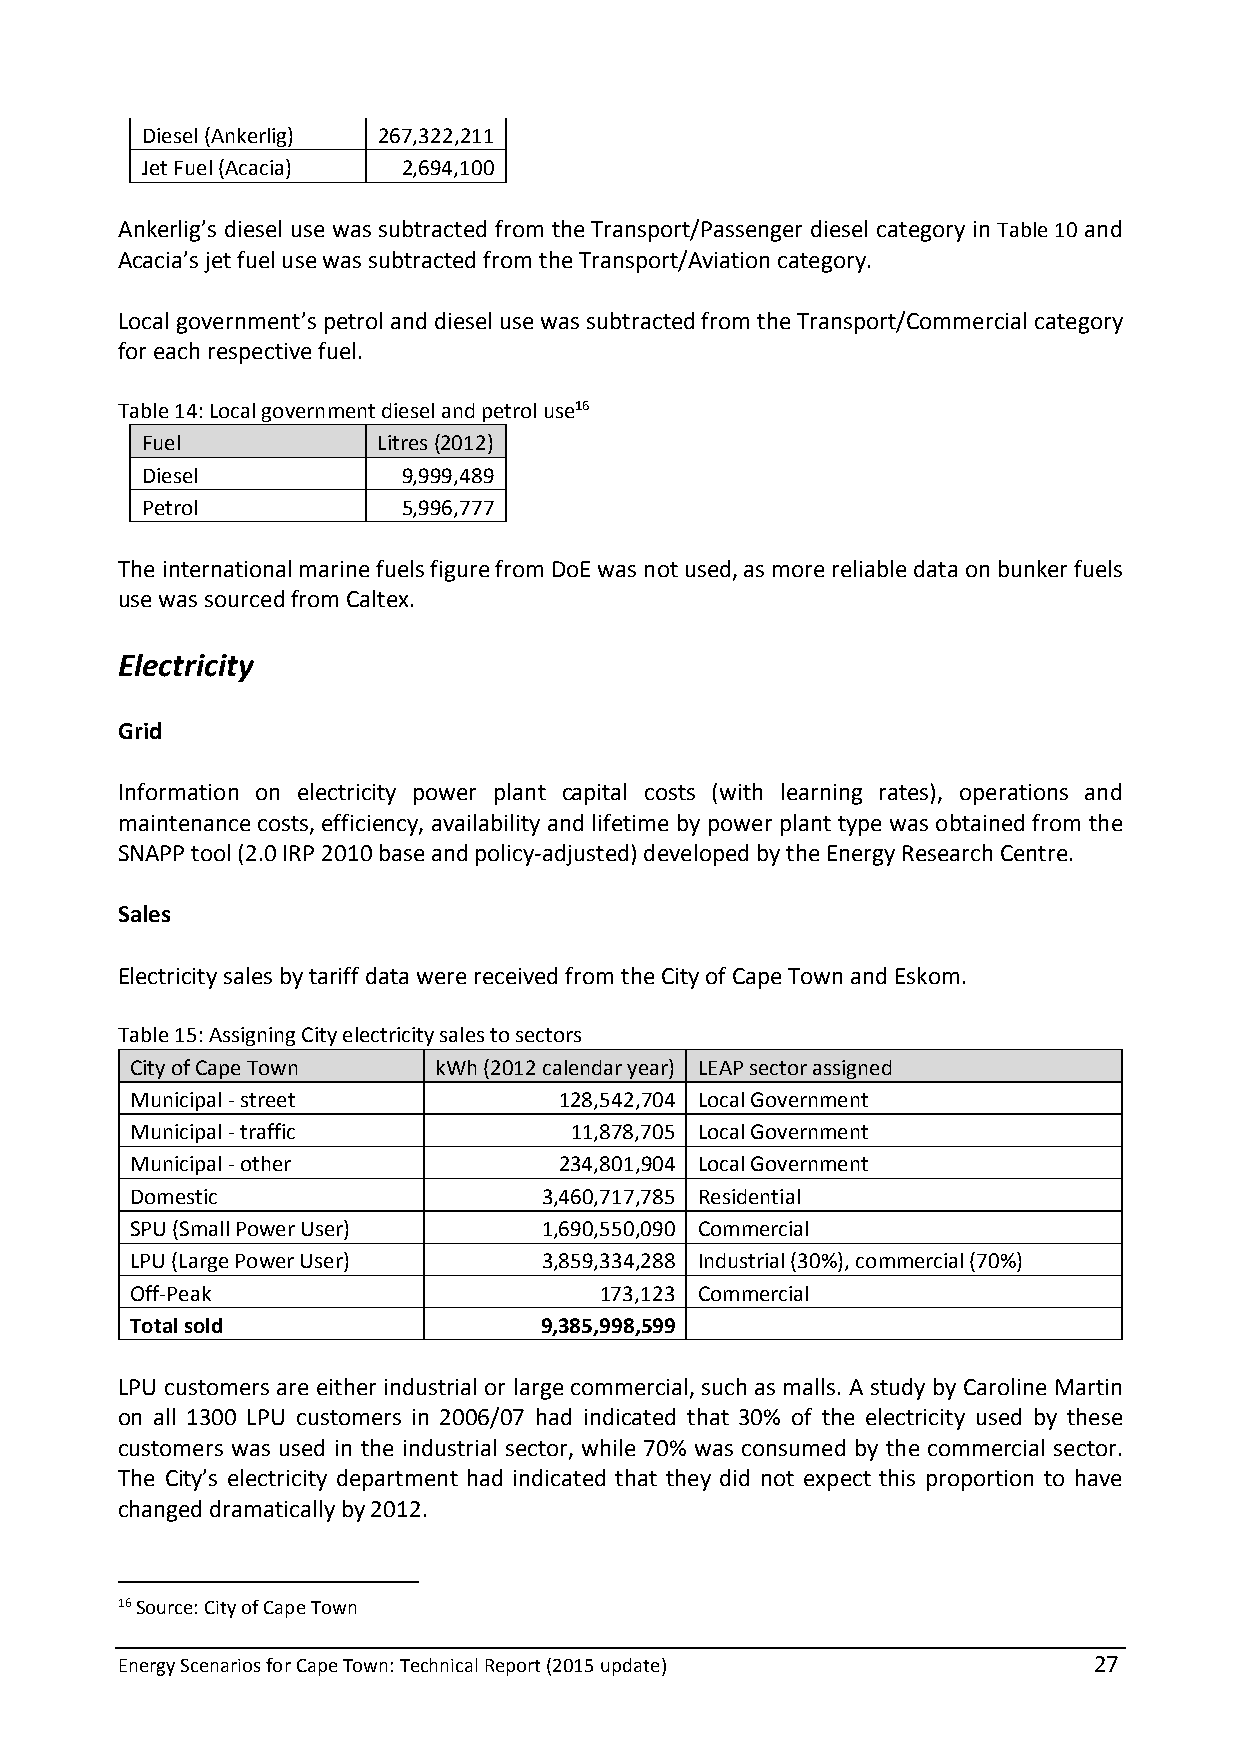
Diesel (Ankerlig) 267,322,211
 Jet Fuel (Acacia) 2,694,100
 Ankerlig’s diesel use was subtracted from the Transport/Passenger diesel category in Table 10 and
 Acacia’s jet fuel use was subtracted from the Transport/Aviation category.
 Local government’s petrol and diesel use was subtracted from the Transport/Commercial category
 for each respective fuel.
 Table 14: Local government diesel and petrol use16
 Fuel            Litres (2012)
 Diesel            9,999,489
 Petrol            5,996,777
 The international marine fuels figure from DoE was not used, as more reliable data on bunker fuels
 use was sourced from Caltex.
 Electricity
 Grid
 Information on electricity power plant capital costs (with learning rates), operations and
 maintenance costs, efficiency, availability and lifetime by power plant type was obtained from the
 SNAPP tool (2.0 IRP 2010 base and policy-adjusted) developed by the Energy Research Centre.
 Sales
 Electricity sales by tariff data were received from the City of Cape Town and Eskom.
 Table 15: Assigning City electricity sales to sectors
 City of Cape Town   kWh (2012 calendar year) LEAP sector assigned
 Municipal - street          128,542,704 Local Government
 Municipal - traffic          11,878,705 Local Government
 Municipal - other           234,801,904 Local Government
 Domestic                   3,460,717,785 Residential
 SPU (Small Power User)     1,690,550,090 Commercial
 LPU (Large Power User)     3,859,334,288 Industrial (30%), commercial (70%)
 Off-Peak                       173,123 Commercial
 Total sold                 9,385,998,599
 LPU customers are either industrial or large commercial, such as malls. A study by Caroline Martin
 on all 1300 LPU customers in 2006/07 had indicated that 30% of the electricity used by these
 customers was used in the industrial sector, while 70% was consumed by the commercial sector.
 The City’s electricity department had indicated that they did not expect this proportion to have
 changed dramatically by 2012.
 16 Source: City of Cape Town
 Energy Scenarios for Cape Town: Technical Report (2015 update)  27